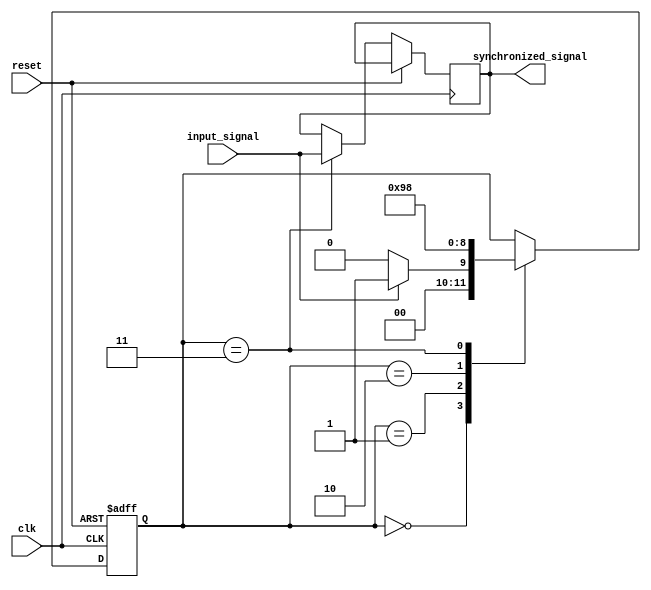
module three_flop_synchronizer (
     input wire clk,
     input wire reset,
     input wire input_signal,
     output reg synchronized_signal
);

reg [2:0] state;
parameter IDLE = 3'd0;
parameter SYNC1 = 3'd1;
parameter SYNC2 = 3'd2;
parameter SYNC3 = 3'd3;

always @ (posedge clk or posedge reset)
begin
    if (reset)
        state <= IDLE;
    else
        case (state)
            IDLE: begin
                       if (input_signal)
                            state <= SYNC1;
                       else
                           state <= IDLE;
                  end
            SYNC1: begin
                         state <= SYNC2;
                   end
            SYNC2: begin
                         state <= SYNC3;
                   end
            SYNC3: begin
                         synchronized_signal <= input_signal;
                         state <= IDLE;
                   end
     endcase
end

endmodule